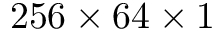
2 5 6 \times 6 4 \times 1